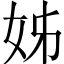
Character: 姊